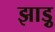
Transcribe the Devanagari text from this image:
झाड़ु